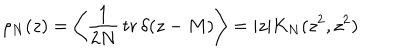
LaTeX: \rho _ { N } ( z ) = \left\langle \frac { 1 } { 2 N } \, \mathrm { t r } \, \delta ( z - M ) \right\rangle = | z | K _ { N } ( z ^ { 2 } , z ^ { 2 } )